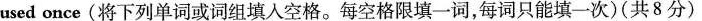
used once( 将下列单词或词组填人空格。每空格限填一词,每词只能填一次 )( 共8分 )